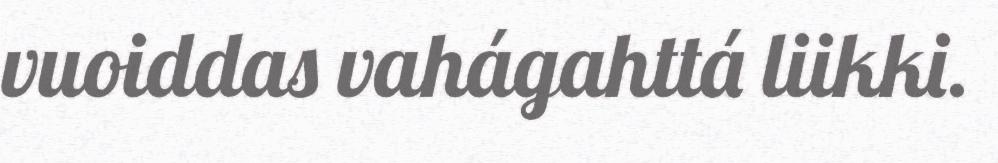
vuoiddas vahágahttá liikki.